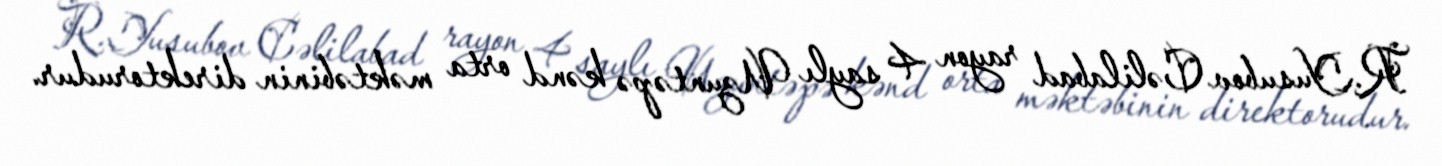
R.Yusubov Cəlilabad rayon 4 saylı Uzuntəpə kənd orta məktəbinin direktorudur.